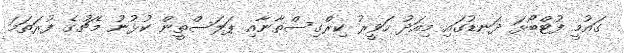
ގައުމީ ފުޓްބޯޅަ ދަނޑުގައި މިއަދު ހަވީރު ކިރްގިސްތާނާއި ޕަލަސްތީން ކުޅުނު މެޗުގެ ފުރަތަމަ